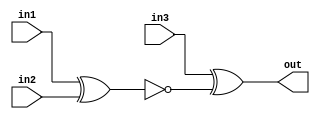
module top_module(
    input in1,
    input in2,
    input in3,
    output out
);
    wire out_in1_2 = ~(in1 ^ in2);
    assign out = in3 ^ out_in1_2;
endmodule